[Report on the health of British troops in the Madras command]
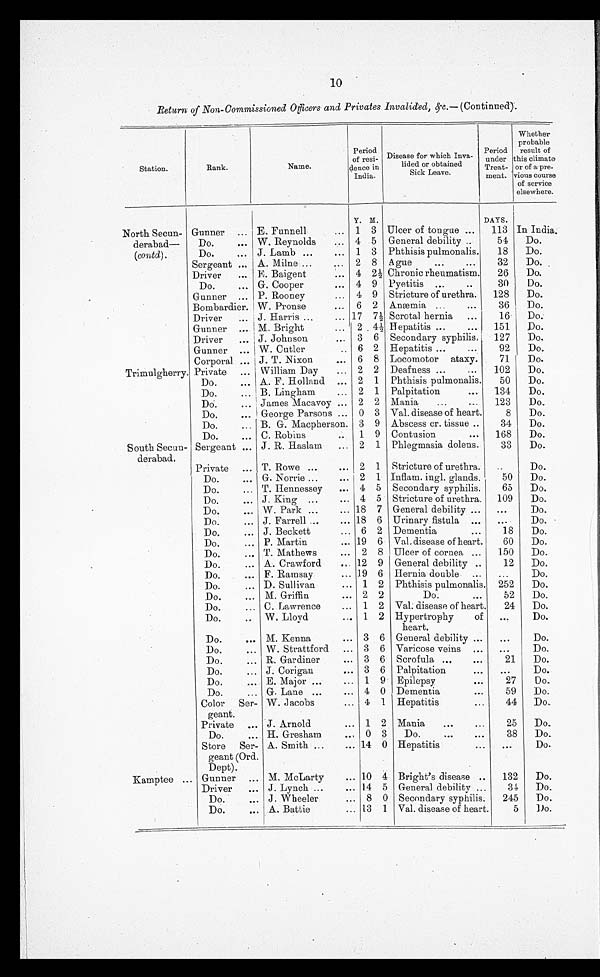
10
Return of Non-Commissioned Officers and Privates Invalided, &c.— (Continued).
Station.
Rank.
Name.
Period
of resi-
dence in
India.
Disease for which Inva-
lided or obtained
Sick Leave.
Period
under this
Treat-
ment.
Whether
probable
result of
t hi s cl i mat e
or of a pre-
course
of service
elsewhere.
Y. M.
DAYS.
North Secun-
derabad—
(contd).
Gunner ... E. Funnell
... 1 3 Ulcer of tongue ...
113 In India.
Do.
... W. Reynolds...
4 5 General debility ..
54
Do.
Do.
... J. Lamb ...
... 1 3 Phthisis pulmonalis.
18
Do.
Sergeant ... A. Milne ...
... 2 8 Ague
...
32
Do.
Driver
... B. Baigent
... 4 2 1/2 Chronic rheumatism.
26
Do.
Do.
... G. Cooper
... 4 9 Pyetitis ...
...
30
Do.
Gunner ... P. Rooney
... 4 9 Stricture of urethra.
128
Do.
Bombardier. W. Pronse
... 6 2 Anæmia ...
...
36
Do.
Driver
... J. Harris ...
... 17 7 1/2 Scrotal hernia
...
16
Do.
Gunner ... M. Bright
... 2 4 1/2 Hepatitis ...
...
151
Do.
Driver
... J. Johnson
... 3 6 Secondary syphilis,
127
Do.
Gunner ... W. Cutler
.. 6 2 Hepatitis ...
...
92
Do.
Corporal ... J. T. Nixon
... 6 8 Locomotor ataxy.
71
Do.
Trimulgherry. Private ... William Day
... 2 2 Deafness ...
...
102
Do.
Do.
... A. F. Holland ... 2 1 Phthisis pulmonalis.
50
Do.
Do.
... B. Lingham
... 2 1 Palpitation
...
134
Do.
Do.
... James Macavoy ... 2 2 Mania
...
...
123
Do.
Do.
... George Parsons ... 0 3 Val. disease of heart.
8
Do.
Do.
... B. G. Macpherson. 3 9 Abscess cr. tissue ..
34
Do.
Do.
... C. Robins
..
1 9 Contusion
...
168
Do.
South Secun-
derabad.
Sergeant ... J . R. Haslam
... 2 1 Phlegmasia dolens.
33
Do.
Private ... T. Rowe ...
... 2 1 Stricture of urethra.
..
Do.
Do.
... G. Norrie ...
... 2 1 Inflam. ingl. glands.
50
Do.
Do.
... T. Hennessey
... 4 5 Secondary syphilis.
65
Do.
Do.... J. King ...
... 4 5 Stricture of urethra.
109
Do.
Do.
... W. Park ...
... 18 7 General debility ...
...
Do.
Do.
... J. Farrell ...
... 18 6 Urinary fistula ...
...
Do.
Do.
... J. Beckett
... 6 2 Dementia
...
18
Do.
Do.
... P. Martin
... 19 6 Val. disease of heart.
60
Do.
Do.
... T. Mathews
... 2 8 Ulcer of cornea ...
150
Do.
Do.
... A. Crawford
... 12 9 General debility ..
12
Do.
Do.
... F. Ramsay
... 19 6 Hernia double ...
...
Do.
Do.
... D. Sullivan
... 1 2 Phthisis pulmonalis. 252
Do.
Do.
... M. Griffin
... 2 2
Do.
...
52
Do.
Do.
... C. Lawrence
... 1 2 Val. disease of heart.
24
Do.
Do.
... W. Lloyd
... 1 2 Hypertrophy
of
heart.
...
Do.
Do.
... M. Kenna
... 3 6 General debility ...
...
Do.
Do.
... W. Strattford
... 3 6 Varicose veins ...
...
Do.
Do.
... R. Gardiner
... 3 6 Scrofula ...
. . .
21
Do.
Do.
... J. Corigan
... 3 6 Palpitation
...
...
Do.
Do.
... E. Major ...
... 1 9 Epilepsy
. . .
27
Do.
Do.
... G. Lane ...
... 4 0 Dementia
. . .
59
Do.
Color Ser-
geant.
W. Jacobs
... 4 1 Hepatitis
...
44
Do.
Private ... J. Arnold
... 1 2 Mania
...
...
25
Do.
Do.
... H. Gresham
...
0 3
Do.
...
. . .
38
Do.
Store Ser-
geant (Ord.
Dept).
A. Smith ...
... 14 0 Hepatitis
.....
. . .
Do.
Kamptee ... Gunner ... M. McLarty
... 10 4 Bright's disease ..
132
Do.
Driver
... J. Lynch ...
... 14 5 General debility ...
34
Do.
Do.
... J. Wheeler
... 8 0 Secondary syphilis.
245
Do.
Do.
... A. Battie
... 13 1 Val. disease of heart.
5
Do.